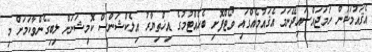
އެޤައުމަކުން ހަމަޖައްސައިދޭނަމަ އެޤައުމެއްގައި ވޯޓްފޮށި ބެހެއްޓުމުގެ އިޚްތިޔާރު އިލެކްޝަންސް ކޮމިޝަނަށް ލިބިގެންވާކަމަށް މި